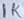
Text: 1K